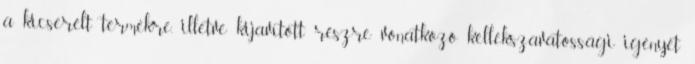
a kicserélt termékre, illetve kijavított részre vonatkozó kellékszavatossági igényét